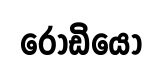
රොඩියෝ